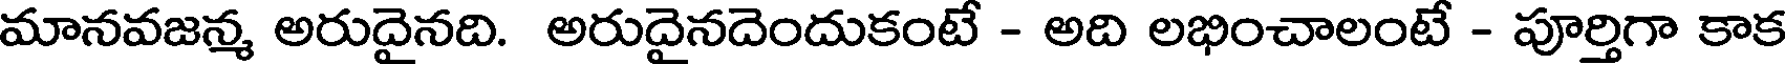
మానవజన్మ అరుదైనది. అరుదైనదెందుకంటే - అది లభించాలంటే - పూర్తిగా కాక